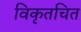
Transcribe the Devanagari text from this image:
विकृतचित